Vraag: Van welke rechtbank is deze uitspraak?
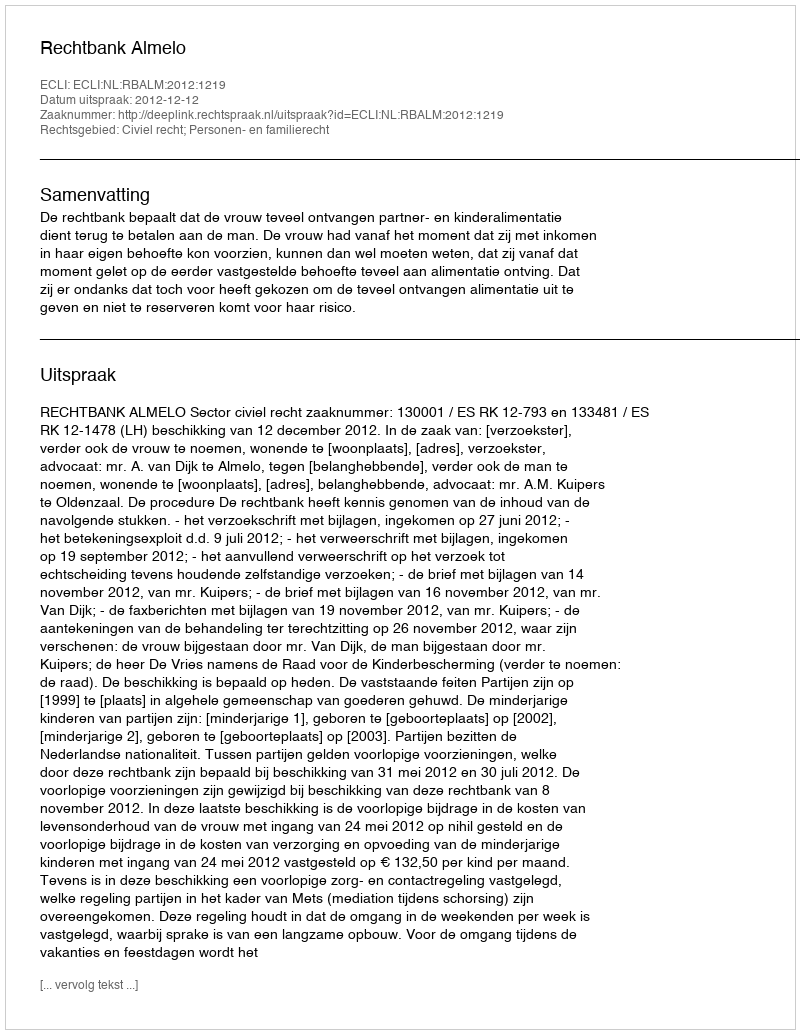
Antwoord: Rechtbank Almelo